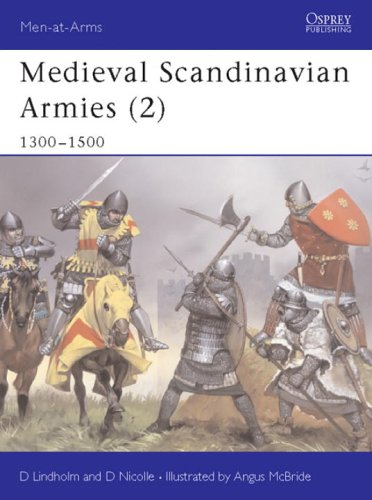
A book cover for Medieval Scandinavian Armies (2): 1300-1500 (Men-at-Arms) (v. 2); David Lindholm; History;